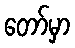
တော်မှာ